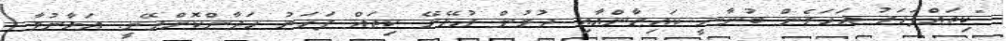
"ކިތައްފަހަރު އަހަރެން ބުނާނީ ކައިޒާންއާއި ދުރުން އުޅޭށޭ ކިތައް ފަހަރު ހަދާންކޮށްދޭނީ. އަޅާނުލާ